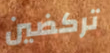
تركضين